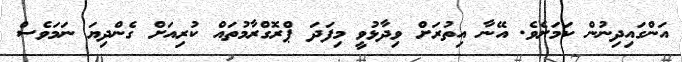
އަންގައިދިނުން ކަމަށެވެ. އޭނާ އިތުރަށް ވިދާޅުވީ މިފަދަ ޕްރޮގްރާމުތައް ކުރިއަށް ގެންދިޔަ ނަމަވެސް